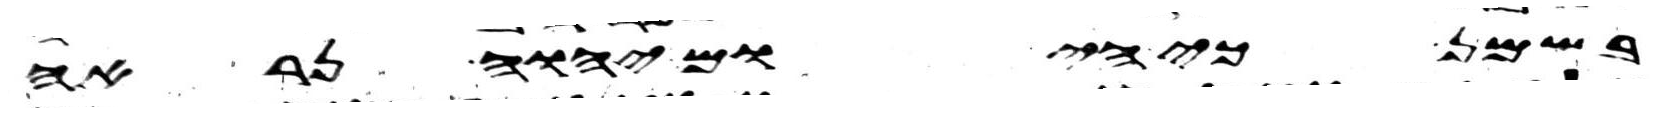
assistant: בשמן כי היום יהוה נראה